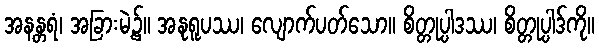
အနန္တရံ၊ အခြားမဲ့၌။ အနုရူပဿ၊ လျောက်ပတ်သော။ စိတ္တုပ္ပါဒဿ၊ စိတ္တုပ္ပါဒ်ကို။